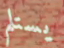
يستلم